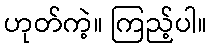
ဟုတ်ကဲ့။ ကြည့်ပါ။